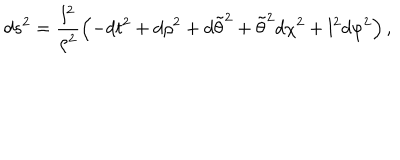
d s ^ { 2 } = \frac { l ^ { 2 } } { \rho ^ { 2 } } \left( - d t ^ { 2 } + d \rho ^ { 2 } + d \tilde { \theta } ^ { 2 } + \tilde { \theta } ^ { 2 } d \chi ^ { 2 } + l ^ { 2 } d \varphi ^ { 2 } \right) ,